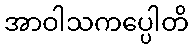
အာဝါသကပ္ပေါတိ